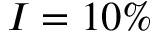
I = 1 0 \%